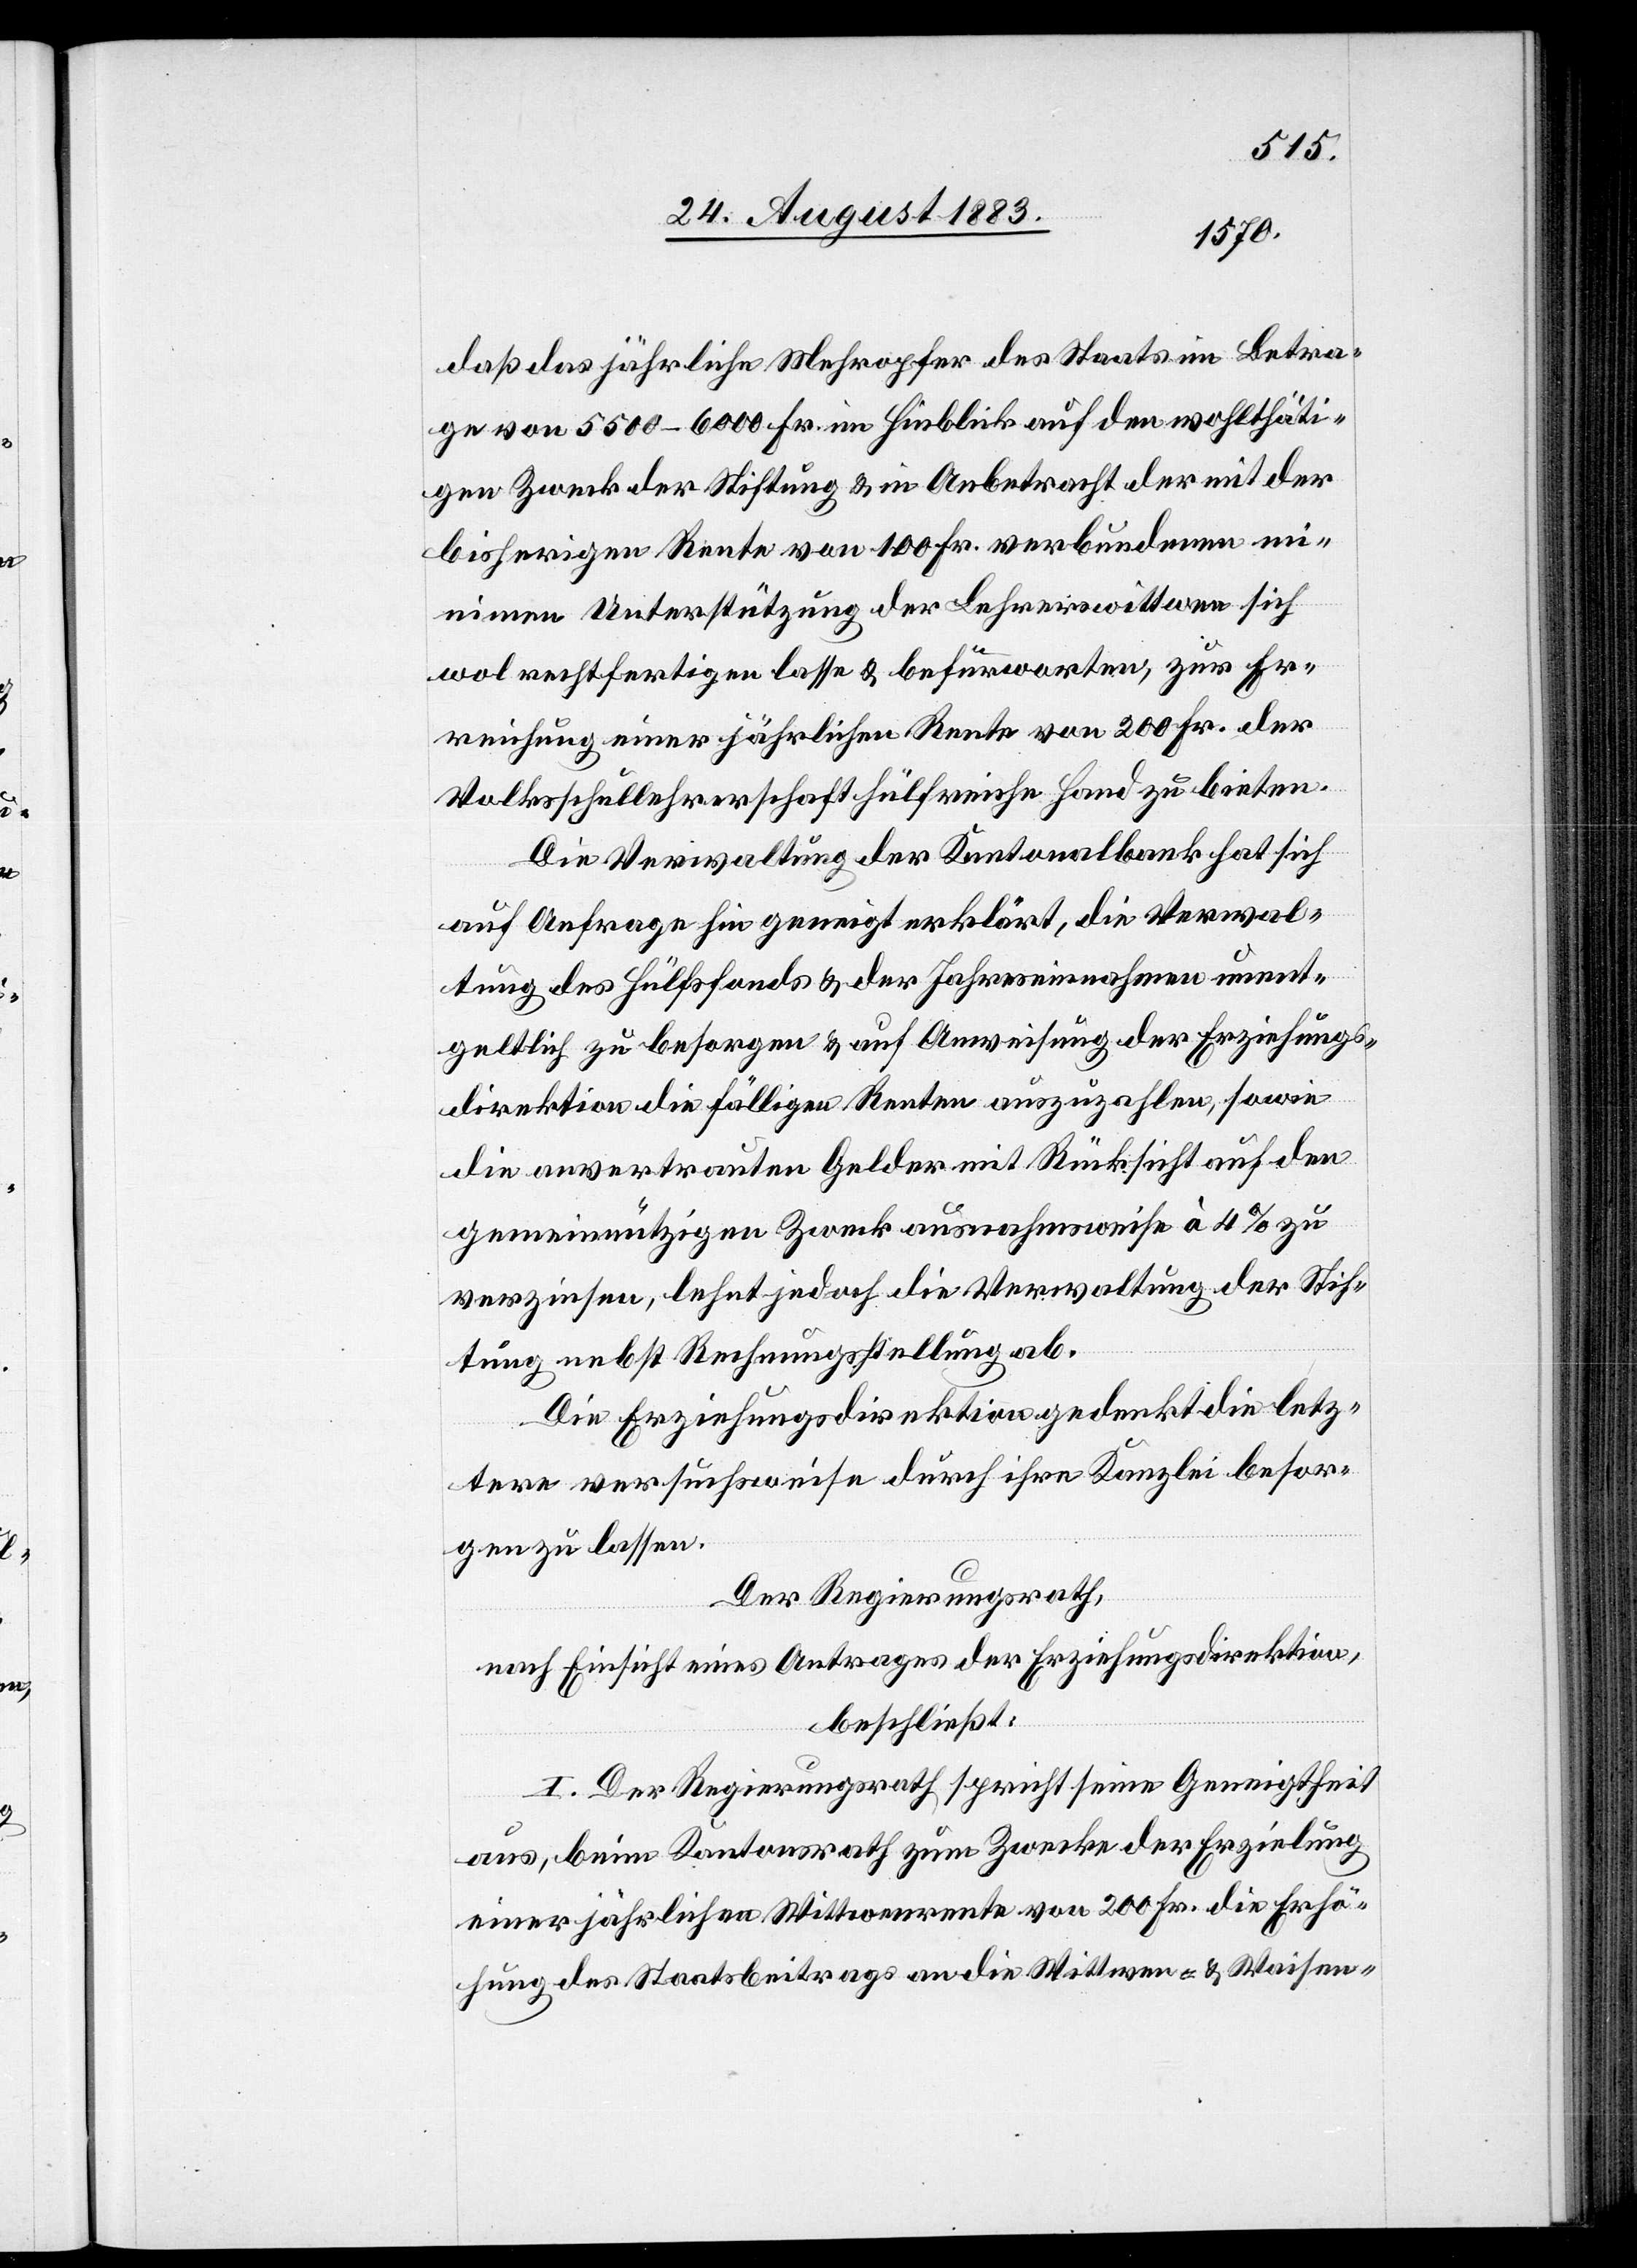
daß das jährliche Mehropfer des Staates im Betra¬
g von 5500–6000 Fr. im Hinblick auf den wohlthäti¬
gen Zweck der Stiftung & in Anbetracht der mit der
bisherigen Rente von 100 Fr. verbundenen mi¬
nimen Unterstützung der Lehrerwittwen sich
wol rechtfertigen lasse & befürworten, zu Er¬
reichung einer jährlichen Rente von 200 Fr. der
Volksschullehrerschaft hülfreiche Hand zu bieten.
Die Verwaltung der Kantonalbank hat sich
auf Anfrage hin geneigt erklärt, die Verwal¬
tung des Hülfsfonds & der Jahreseinnahmen unent¬
geltlich zu besorgen & auf Anweisung der Erziehungs¬
direktion die fälligen Renten auszuzahlen, sowie
die anvertrauten Gelder mit Rücksicht auf den
gemeinnützigen Zweck ausnahmsweise à 4% zu
verzinsen, lehnt jedoch die Verwaltung der Stif¬
tung nebst Rechnungsstellung ab.
Die Erziehungsdirektion gedenkt die letz¬
tere versuchsweise durch ihre Kanzlei besor¬
gen zu lassen.
Der Regierungsrath,
nach Einsicht eines Antrages der Erziehungsdirektion,
beschließt:
I. Der Regierungsrath spricht seine Geneigtheit
aus, beim Kantonsrath zum Zwecke der Erzielung
einer jährlichen Wittwenrente von 200 Fr. die Erhö¬
hung des Staatsbeitrages an die Wittwen- & Waisen-